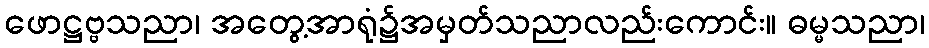
ဖောဋ္ဌဗ္ဗသညာ၊ အတွေ့အာရုံ၌အမှတ်သညာလည်းကောင်း။ ဓမ္မသညာ၊